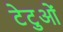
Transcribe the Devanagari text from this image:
टेटुओं